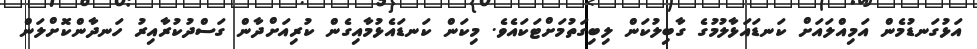
އަޅުގަނޑުމެން އަމިއްލައަށް ކަނޑައަޅާލުމުގެ ގާބިލުކަން ލިބިގަތުމަށްޓަކައެވެ. މިކަން ކަނޑައެޅުމާއިގެން ކުރިއަށްދާން ގަސްދުކުރާއިރު ހަނދާންކޮށްލަން